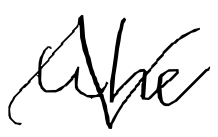
Text: who
Cross-out: zig-zag
Writing tool: digital_black